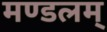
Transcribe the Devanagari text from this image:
मण्डलम्